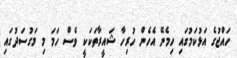
ހައްޖުގެ އަޅުކަމުގައި ހިމެނޭ އެހެން ހުރިހާ ޝައީރާތަކަކީ ވެސް ހަމަ މި މަގުސަދުގައި